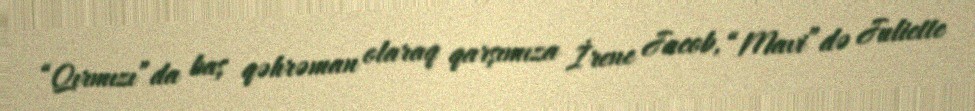
“Qırmızı”da baş qəhrəman olaraq qarşımıza İrene Jacob, “Mavi”də Juliette